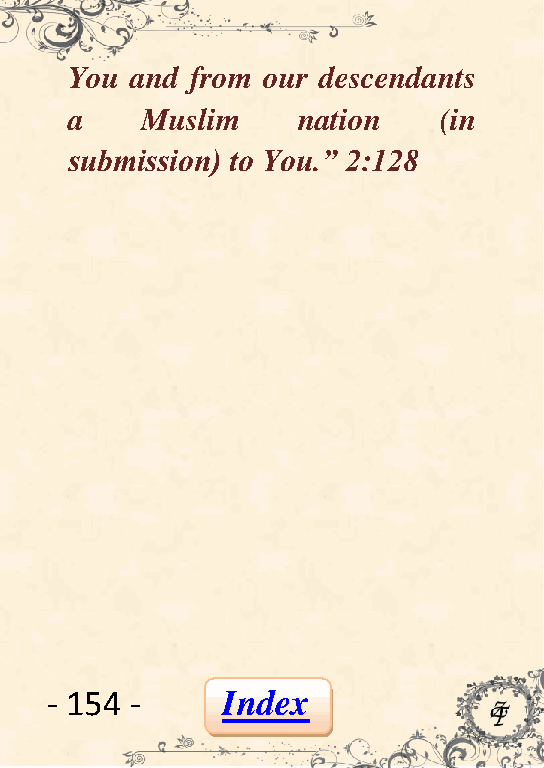
You  and from our descendants
 a    Muslim     nation   (in
 submission) to You.” 2:128
 - 154 -     Index